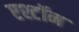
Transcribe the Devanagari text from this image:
एश्टॉन